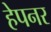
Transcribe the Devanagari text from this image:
हेपनर